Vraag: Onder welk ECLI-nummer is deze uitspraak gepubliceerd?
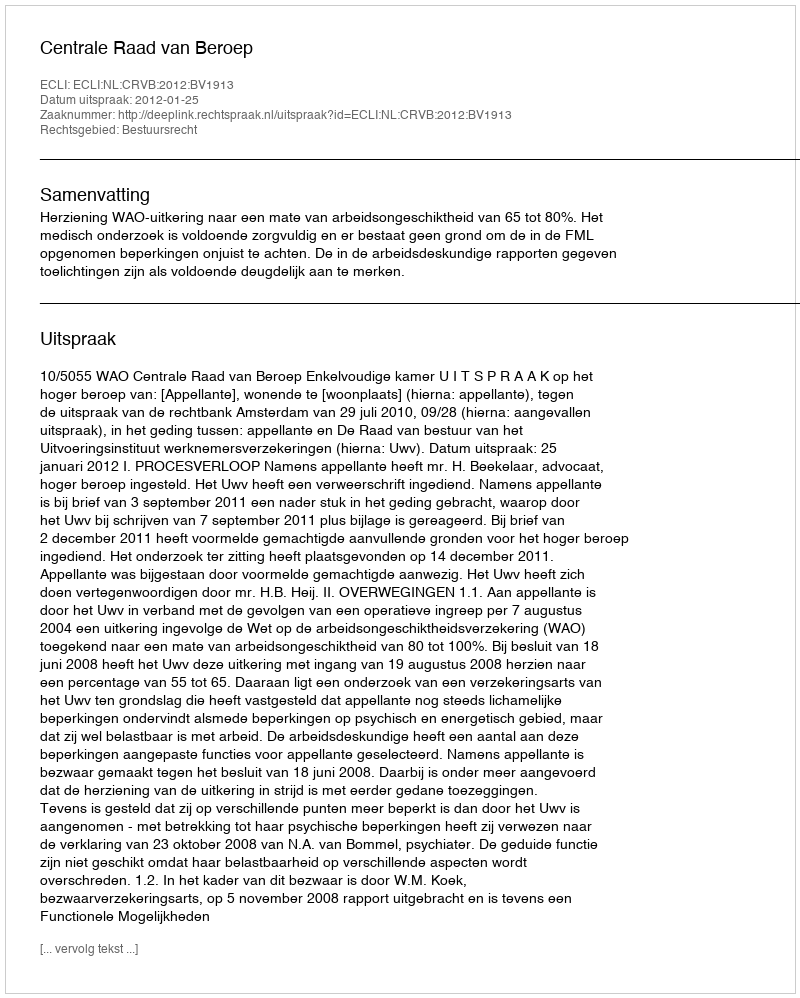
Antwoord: ECLI:NL:CRVB:2012:BV1913